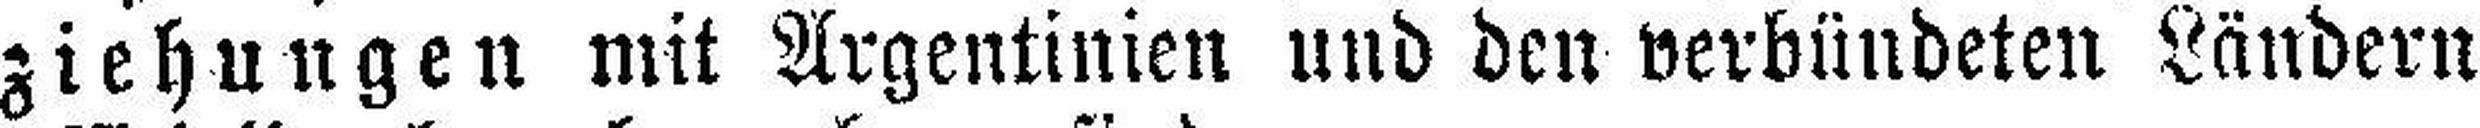
ziehungen mit Argentinien und den verbündeten Ländern